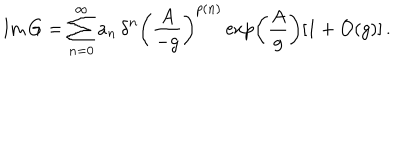
LaTeX: \mathrm { I m } \, G = \sum _ { n = 0 } ^ { \infty } a _ { n } \, { \delta } ^ { n } \left( \frac { A } { - g } \right) ^ { p ( n ) } \exp \left( \frac { A } { g } \right) [ 1 + { \cal O } ( g ) ] \, .